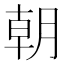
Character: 朝